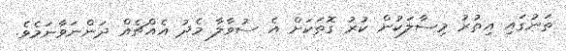
ތަނުގައި އިތުރު މިސާލަކުން ކުރު ގޮތަކަށް އެ ސުވާލާ މެދު އެއްޗެއް ދަންނަވާނަމެވެ.